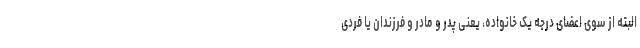
البته از سوی اعضای درجه یک خانواده، یعنی پدر و مادر و فرزندان یا فردی